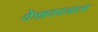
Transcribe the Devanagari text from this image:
केशवपनाला